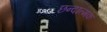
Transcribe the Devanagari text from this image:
छन्दात्मक